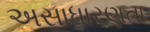
અસાધારણતા